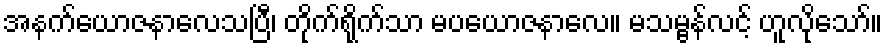
အနက်ယောဇနာလေသပြီ၊ တိုက်ရိုက်သာ မပယောဇနာလေ။ မသမ္ဗန်လင့် ဟူလိုသော်။